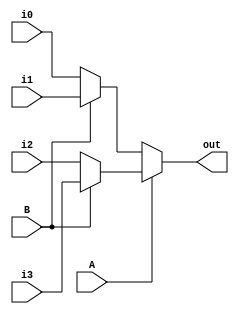
module mux41_aha(out, i0, i1, i2, i3, A, B);
	
	input i0, i1, i2, i3, A, B;
	output out;
	
	assign out = A ? (B ? i3 : i2) : (B ? i1 : i0);

endmodule